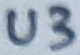
Text: U3